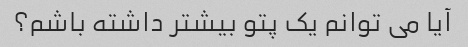
آیا می توانم یک پتو بیشتر داشته باشم؟